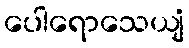
ပေါရောသေယျံ